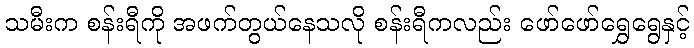
သမီးက စန်းရီကို အဖက်တွယ်နေသလို စန်းရီကလည်း ဖော်ဖော်ရွှေရွေနှင့်